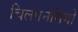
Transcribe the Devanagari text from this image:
चिलपनसिंगो